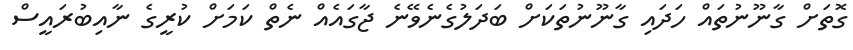
ގޮތަށް ގާނޫނުތައް ހަދައި ގާނޫނުތަކަށް ބަދަލުގެނެވޭނެ ޖާގައެއް ނެތް ކަމަށް ކުރީގެ ނާއިބުރައީސް